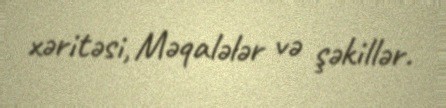
xəritəsi, Məqalələr və şəkillər.